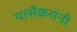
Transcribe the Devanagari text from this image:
पार्सेकरांनी